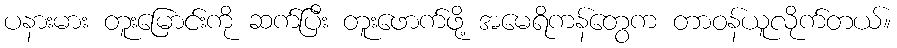
ပနားမား တူးမြောင်းကို ဆက်ပြီး တူးဖောက်ဖို့ အမေရိကန်တွေက တာဝန်ယူလိုက်တယ်။